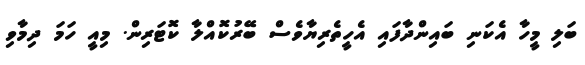
ބަލި މީހާ އެކަނި ބައިންދާފައި އެހީތެރިޔާވެސް ބޭރުކޮއްލާ ކޮޓަރިން. މިއީ ހަމަ ދިމާވި